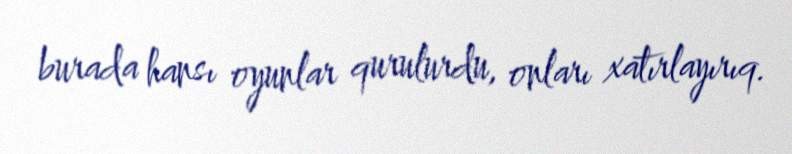
burada hansı oyunlar qurulurdu, onları xatırlayırıq.